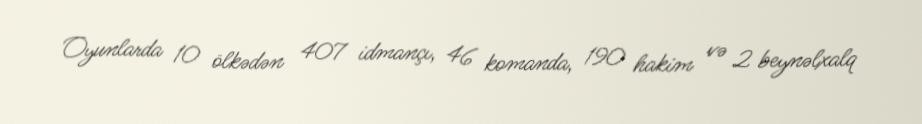
Oyunlarda 10 ölkədən 407 idmançı, 46 komanda, 190 hakim və 2 beynəlxalq